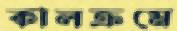
কালক্রমে